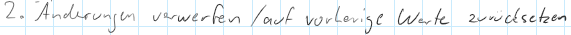
2. Änderungen verwerfen/auf vorherige Werte zurücksetzen